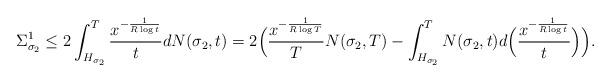
LaTeX: \begin{align*}\Sigma_{\sigma_2}^{1} \le 2 \int_{H_{\sigma_2}}^T \frac{x^{-\frac{1}{R\log t }}}{t} dN(\sigma_2,t)= 2\Big( \frac{x^{-\frac{1}{R\log T }}}{T} N(\sigma_2,T) - \int_{H_{\sigma_2}}^T N(\sigma_2,t) {d}\Big( \frac{x^{-\frac{1}{R\log t}}}{t} \Big) \Big). \end{align*}